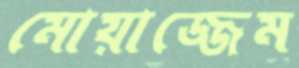
মোয়াজ্জেম